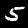
Digit: 5